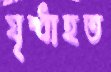
যৃদ্ধাহত